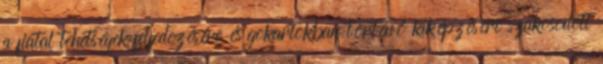
a fiatal tehetségek felfedezésére és gokartokban történő kiképzésére szakosodott